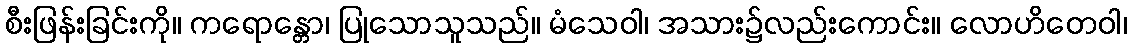
စီးဖြန်းခြင်းကို။ ကရောန္တော၊ ပြုသောသူသည်။ မံသေဝါ၊ အသား၌လည်းကောင်း။ လောဟိတေဝါ၊